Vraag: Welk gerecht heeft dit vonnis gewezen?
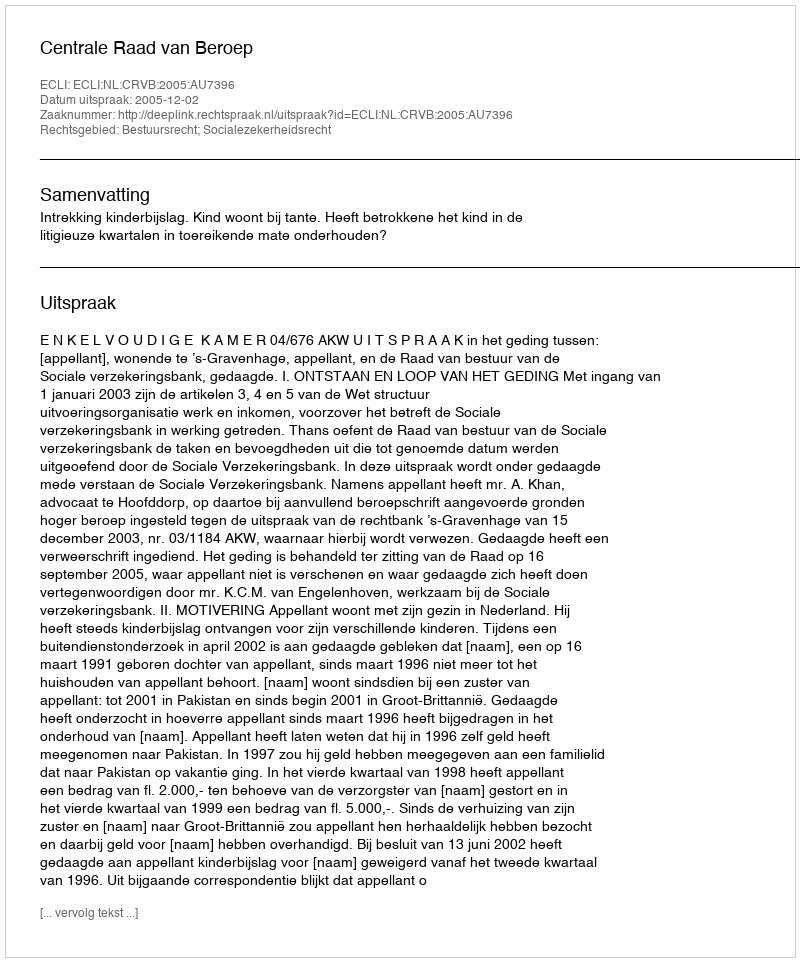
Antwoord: Centrale Raad van Beroep